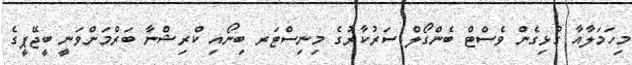
މިހަމަލާއާ ގުޅިގެން ވެސްޓް ބެންގޯލް ސަރުކާރުގެ މިނިސްޓަރ ބިނޯއި ކްރިޝްނާ ބަރްމަންވަނީ ބީޖޭޕީގެ